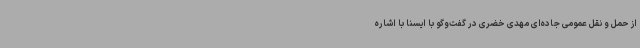
از حمل و نقل عمومی جاده‌ای مهدی خضری در گفت‌وگو با ایسنا با اشاره